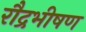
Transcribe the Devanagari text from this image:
रौद्रभीषण